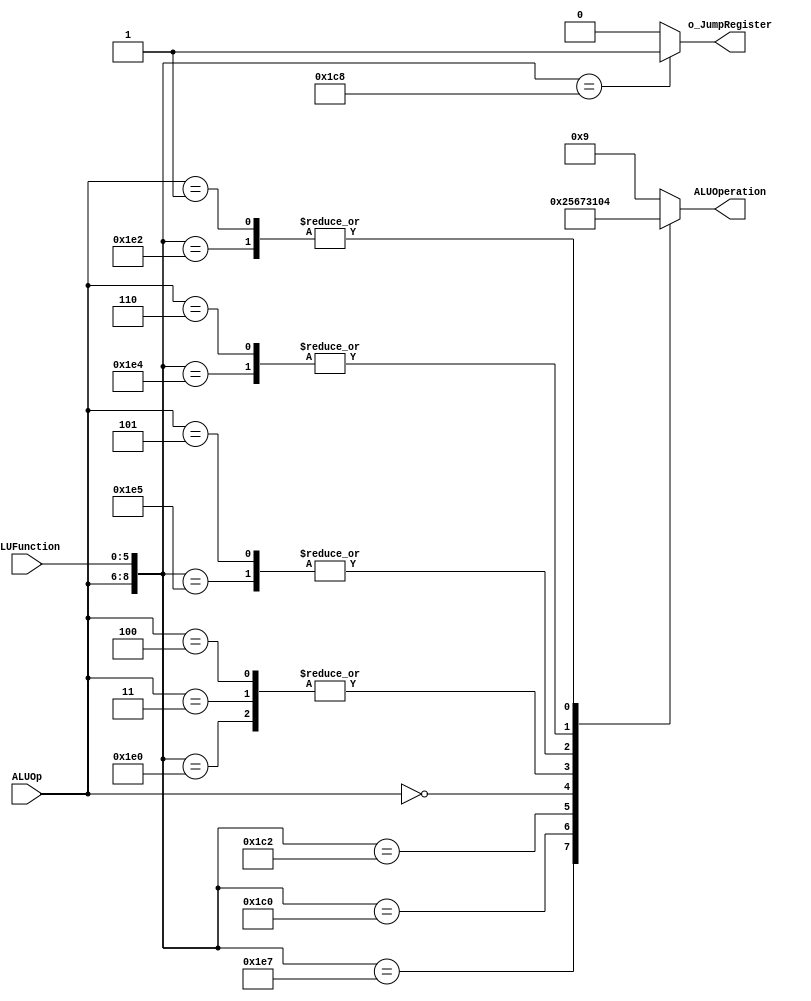
/******************************************************************
* Description
*	This is the control unit for the ALU. It receves an signal called 
*	ALUOp from the control unit and a signal called ALUFunction from
*	the intrctuion field named function.
* Version:
*	1.0
* Author:
*	Dr. Jos Luis Pizano Escalante
* email:
*	luispizano@iteso.mx
* Date:
*	01/03/2014
******************************************************************/
module ALUControl
(
	input  [2:0] ALUOp,
	input  [5:0] ALUFunction,

	output [3:0] ALUOperation,
	output o_JumpRegister

);

localparam R_Type_AND    = 9'b 111_100100;
localparam R_Type_OR     = 9'b 111_100101;
localparam R_Type_NOR    = 9'b 111_100111;
localparam R_Type_ADD    = 9'b 111_100000;
localparam R_Type_SUB    = 9'b 111_100010;

localparam R_Type_SLL    = 9'b 111_000000;
localparam R_Type_SRL    = 9'b 111_000010;

localparam R_Type_JR     = 9'b 111_001000;

localparam I_Type_ADDI   = 9'b 100_xxxxxx;
localparam I_Type_ORI    = 9'b 101_xxxxxx;
localparam I_Type_ANDI   = 9'b 110_xxxxxx;

localparam I_Type_LUI    = 9'b 000_xxxxxx;
localparam I_Type_LW     = 9'b 011_xxxxxx;

localparam I_Type_BR     = 9'b 001_xxxxxx; // Operation for branching it's the same regardless eq or ne : substraction

localparam J_Type_J      = 9'b 010_xxxxxx;

reg  [3:0] ALUControlValues;
wire [8:0] Selector;

assign Selector = {ALUOp, ALUFunction};

always@(Selector)begin
	casex(Selector)
		R_Type_AND :  ALUControlValues = 4'b 0000;
		R_Type_OR  :  ALUControlValues = 4'b 0001;
		R_Type_NOR :  ALUControlValues = 4'b 0010;
		R_Type_ADD :  ALUControlValues = 4'b 0011;
		R_Type_SUB :  ALUControlValues = 4'b 0100;

		R_Type_SLL :  ALUControlValues = 4'b 0101;
		R_Type_SRL :  ALUControlValues = 4'b 0110;

		R_Type_JR :   ALUControlValues = 4'b 1001; // we assign the same as default value, we don't want to perform operations

		I_Type_LUI :  ALUControlValues = 4'b 0111;
		I_Type_LW  :  ALUControlValues = 4'b 0011; // We add sign extend and address in register to get definitive address 

		I_Type_ADDI:  ALUControlValues = 4'b 0011;
		I_Type_ORI :  ALUControlValues = 4'b 0001;
		I_Type_ANDI:  ALUControlValues = 4'b 0000;

		I_Type_BR  :  ALUControlValues = 4'b 0100;
		J_Type_J   :  ALUControlValues = 4'b 1001; // we assign the same as default value, we don't want to perform operations
		
		default: ALUControlValues = 4'b 1001;
	endcase
end

assign o_JumpRegister = (Selector == R_Type_JR) ? 1'b 1 : 1'b 0;
assign ALUOperation = ALUControlValues;

endmodule
//alucontrol//